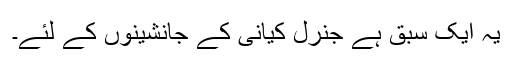
یہ ایک سبق ہے جنرل کیانی کے جانشینوں کے لئے۔